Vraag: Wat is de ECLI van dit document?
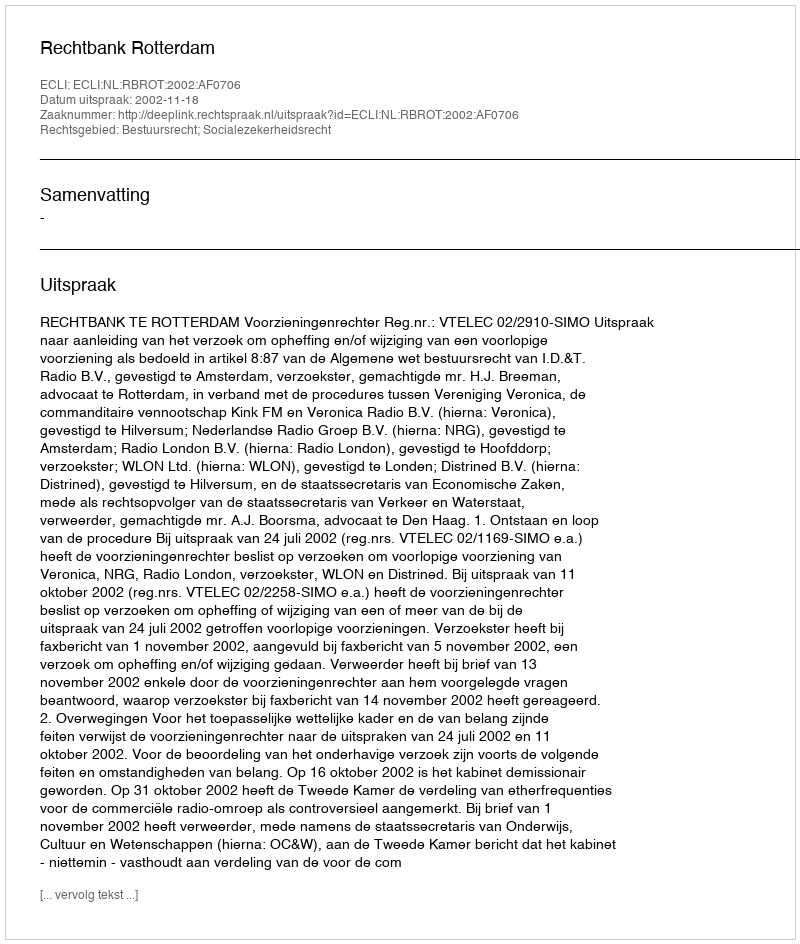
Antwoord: ECLI:NL:RBROT:2002:AF0706